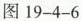
图19-4-6